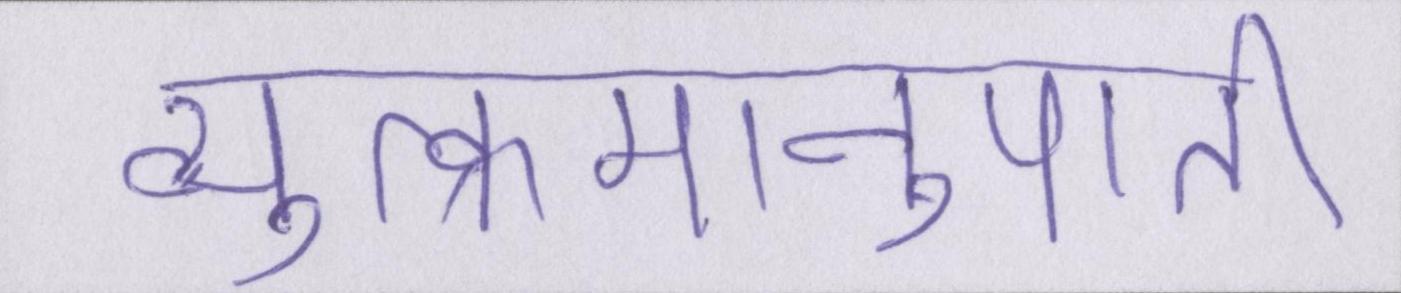
व्युत्क्रमानुपाती